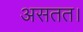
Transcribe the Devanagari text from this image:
असतत।